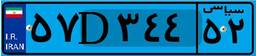
۷۱D۸۵۱۹۳